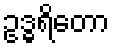
ဥဒ္ဓရိတော